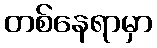
တစ်နေရာမှာ